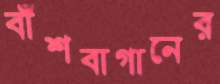
বাঁশবাগানের